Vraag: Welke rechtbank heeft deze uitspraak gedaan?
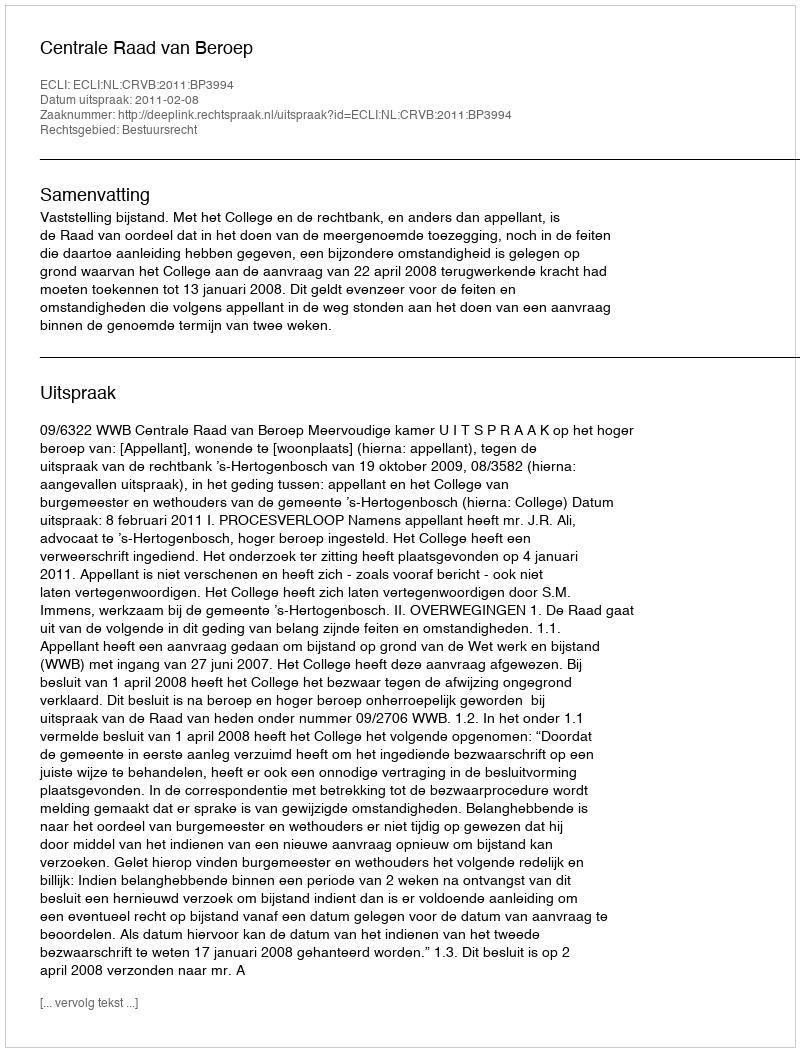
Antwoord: Centrale Raad van Beroep